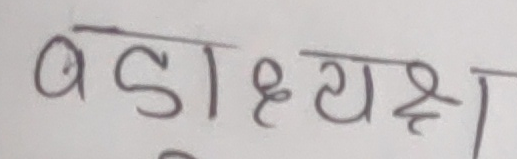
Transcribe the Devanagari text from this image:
बड़ाह्ध्यक्ष